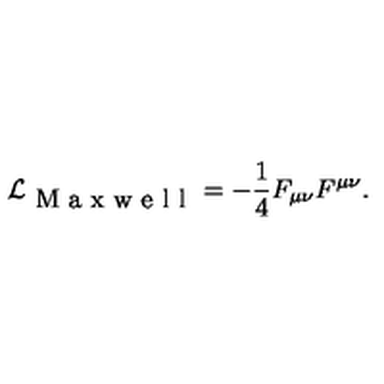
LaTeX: \mathcal { L } _ { \textrm { M a x w e l l } } = - \frac { 1 } { 4 } F _ { \mu \nu } F ^ { \mu \nu } .